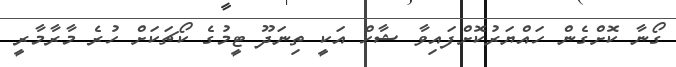
ގޯނާ ކޮށްގެން ހައްޔަރުކޮށްފައިވާ ޝާހް އަކީ ތިނަދޫ ޓީމުގެ ކޯޗަކަށް ހުރެ މާރާމާރީ